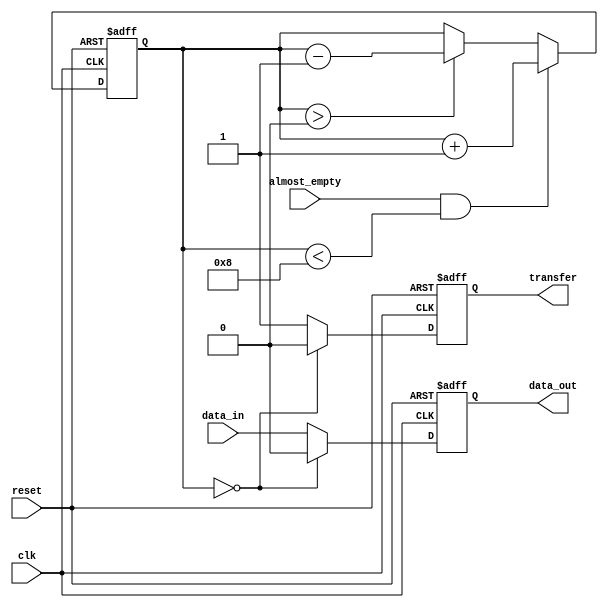
module almost_empty_fifo (
    input wire clk,
    input wire reset,
    input wire data_in,
    input wire almost_empty,
    output reg data_out,
    output reg transfer
);

reg [3:0] count;

always @(posedge clk or posedge reset) begin
    if (reset) begin
        count <= 4'b0000;
        data_out <= 1'b0;
        transfer <= 1'b0;
    end else begin
        if (almost_empty && count < 4'b1000) begin
            count <= count + 1;
        end else if (count > 4'b0000) begin
            count <= count - 1;
        end
        
        if (count == 4'b0000) begin
            data_out <= 1'b0;
            transfer <= 1'b0;
        end else begin
            data_out <= data_in;
            transfer <= 1'b1;
        end
    end
end

endmodule